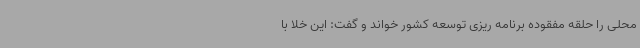
محلی را حلقه مفقوده برنامه ریزی توسعه کشور خواند و گفت: این خلا با